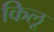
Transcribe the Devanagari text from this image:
किलू